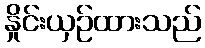
နှိုင်းယှဉ်ထားသည်